Lunatic asylums Central Provinces reports 1874-1885 - 1874-1885
Year: 1874
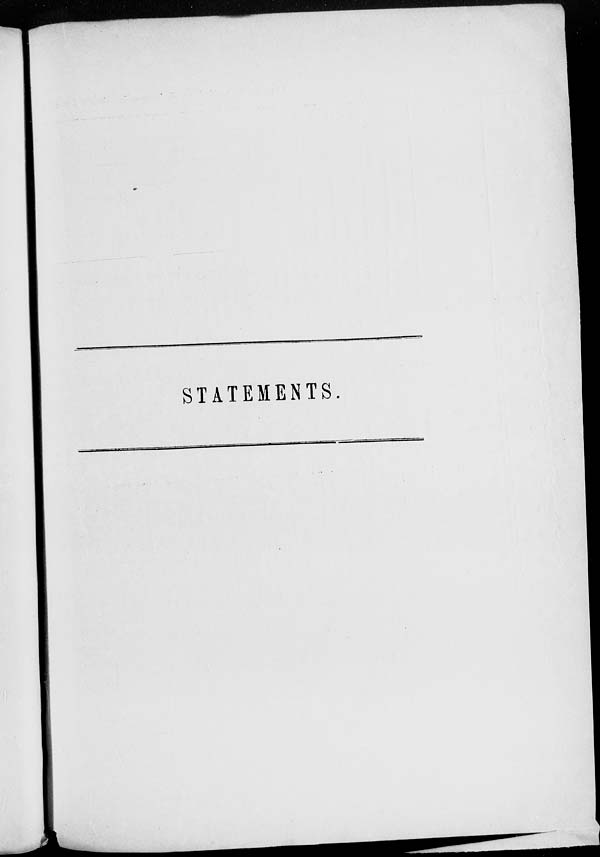
STATEMENTS.